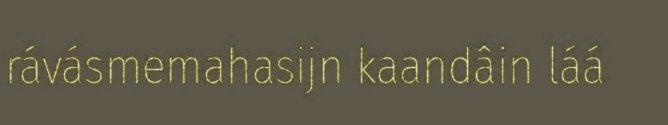
rávásmemahasijn kaandâin láá